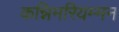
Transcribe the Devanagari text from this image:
कन्निमरियम्मन